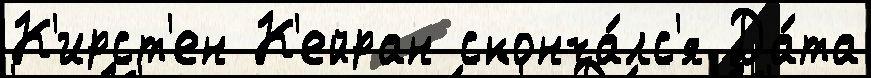
К'ирст'ен К'ейран сконча́лс'я Да́та